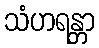
သံဟရန္တာ